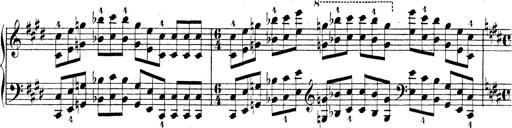
Title: Technische Studien
Composer: Franz Liszt